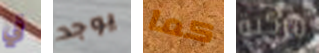
في يوجد كما مركبة